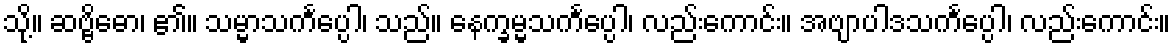
သို့။ ဆဗ္ဗိဓော၊ ၏။ သမ္မာသင်္ကပ္ပေါ၊ သည်။ နေက္ခမ္မသင်္ကပ္ပေါ၊ လည်းကောင်း။ အဗျာပါဒသင်္ကပ္ပေါ၊ လည်းကောင်း။